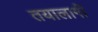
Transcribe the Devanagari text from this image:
तयालागी